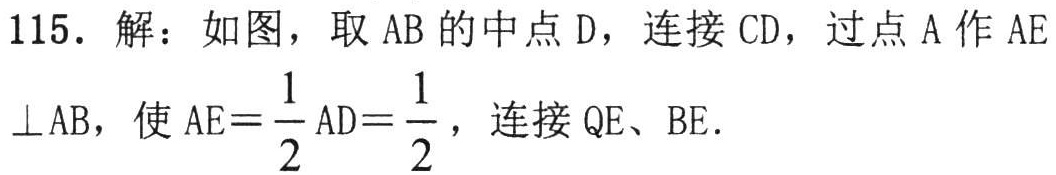
115. 解：如图，取 AB 的中点 D，连接 CD，过点 A 作 AE
$\perp AB$，使$AE = \frac{1}{2}AD=\frac{1}{2}$，连接 QE、BE.